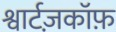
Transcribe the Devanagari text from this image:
श्वार्टज़कॉफ़